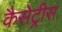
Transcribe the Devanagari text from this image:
कैसेट्रीस